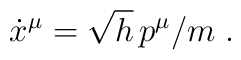
\dot x^\mu = \sqrt{h} \, p^\mu / m \; .